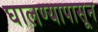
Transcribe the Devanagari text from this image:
घालण्यापासून